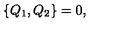
\{ Q _ { 1 } , Q _ { 2 } \} = 0 ,